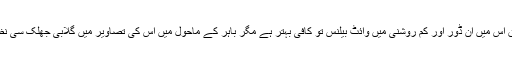
کمپنی کے مطابق اس میں ان ڈور اور کم روشنی میں وائٹ بیلنس تو کافی بہتر ہے مگر باہر کے ماحول میں اس کی تصاویر میں گلابی جھلک سی نظر آنے لگتی ہے۔